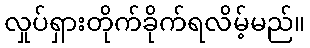
လှုပ်ရှားတိုက်ခိုက်ရလိမ့်မည်။